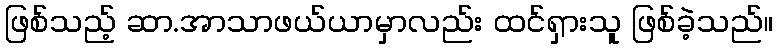
ဖြစ်သည့် ဆာ.အာသာဖယ်ယာမှာလည်း ထင်ရှားသူ ဖြစ်ခဲ့သည်။